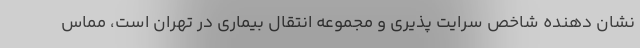
نشان دهنده شاخص سرایت پذیری و مجموعه انتقال بیماری در تهران است، مماس